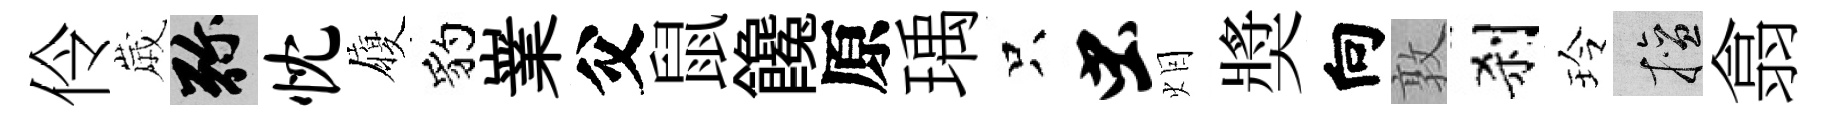
伶𡻕弥忱履豹嶪父鼠饞原瑀只虫𤇆奬向敦刹玲擅翕